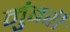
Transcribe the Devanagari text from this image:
मुंबरी